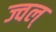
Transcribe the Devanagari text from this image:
ज्वल्